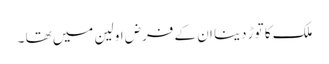
ملک کا توڑ دینا ان کے فرض اولین میں تھا ۔